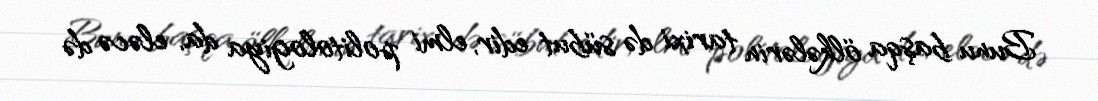
Bunu başqa ölkələrin tarixi də sübut edir, elmi politologiya da, eləcə də